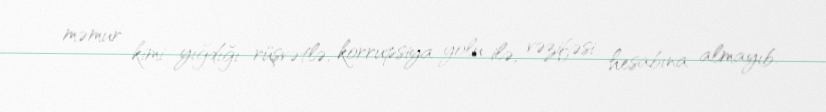
məmur kimi yığdığı rüşvətlə, korrupsiya yolu ilə, vəzifəsi hesabına almayıb.